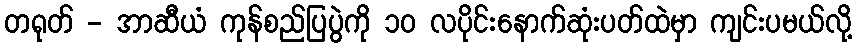
တရုတ် - အာဆီယံ ကုန်စည်ပြပွဲကို ၁၀ လပိုင်းနောက်ဆုံးပတ်ထဲမှာ ကျင်းပမယ်လို့